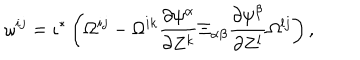
\omega ^ { i j } = \iota ^ { * } \left( \Omega ^ { i j } - \Omega ^ { i k } \frac { \partial \psi ^ { \alpha } } { \partial Z ^ { k } } \Xi _ { \alpha \beta } \frac { \partial \psi ^ { \beta } } { \partial Z ^ { l } } \Omega ^ { l j } \right) ,